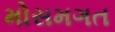
મોસમગત